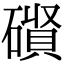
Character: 𮁃